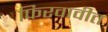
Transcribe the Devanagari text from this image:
फिरवावीत